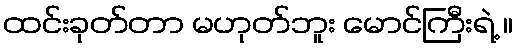
ထင်းခုတ်တာ မဟုတ်ဘူး မောင်ကြီးရဲ့ ။